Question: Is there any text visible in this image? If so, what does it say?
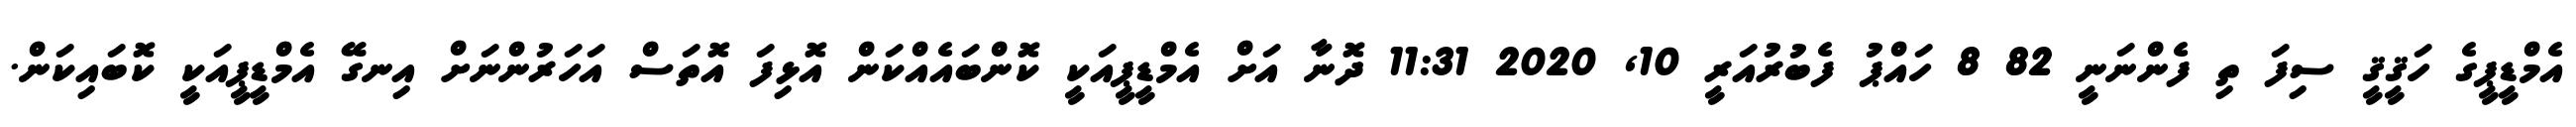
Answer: އެމްޑީޕީގެ ހަޤީޤީ ސިފަ ތި ފެންނަނީ 82 8 ހައްޕު ފެބުރުއަރީ 10, 2020 11:31 ދޮނާ އަށް އެމްޑީޕީއަކީ ކޮންބައެއްކަން އޮޅިފަ އޮތަސް އަހަރުންނަށް އިނގޭ އެމްޑީޕީއަކީ ކޮބައިކަން.